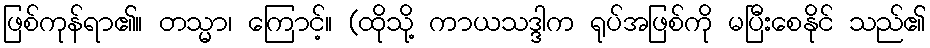
ဖြစ်ကုန်ရာ၏။ တသ္မာ၊ ကြောင့်။ (ထိုသို့ ကာယသဒ္ဒါက ရုပ်အဖြစ်ကို မပြီးစေနိုင် သည်၏